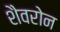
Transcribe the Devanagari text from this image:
शैवरोन